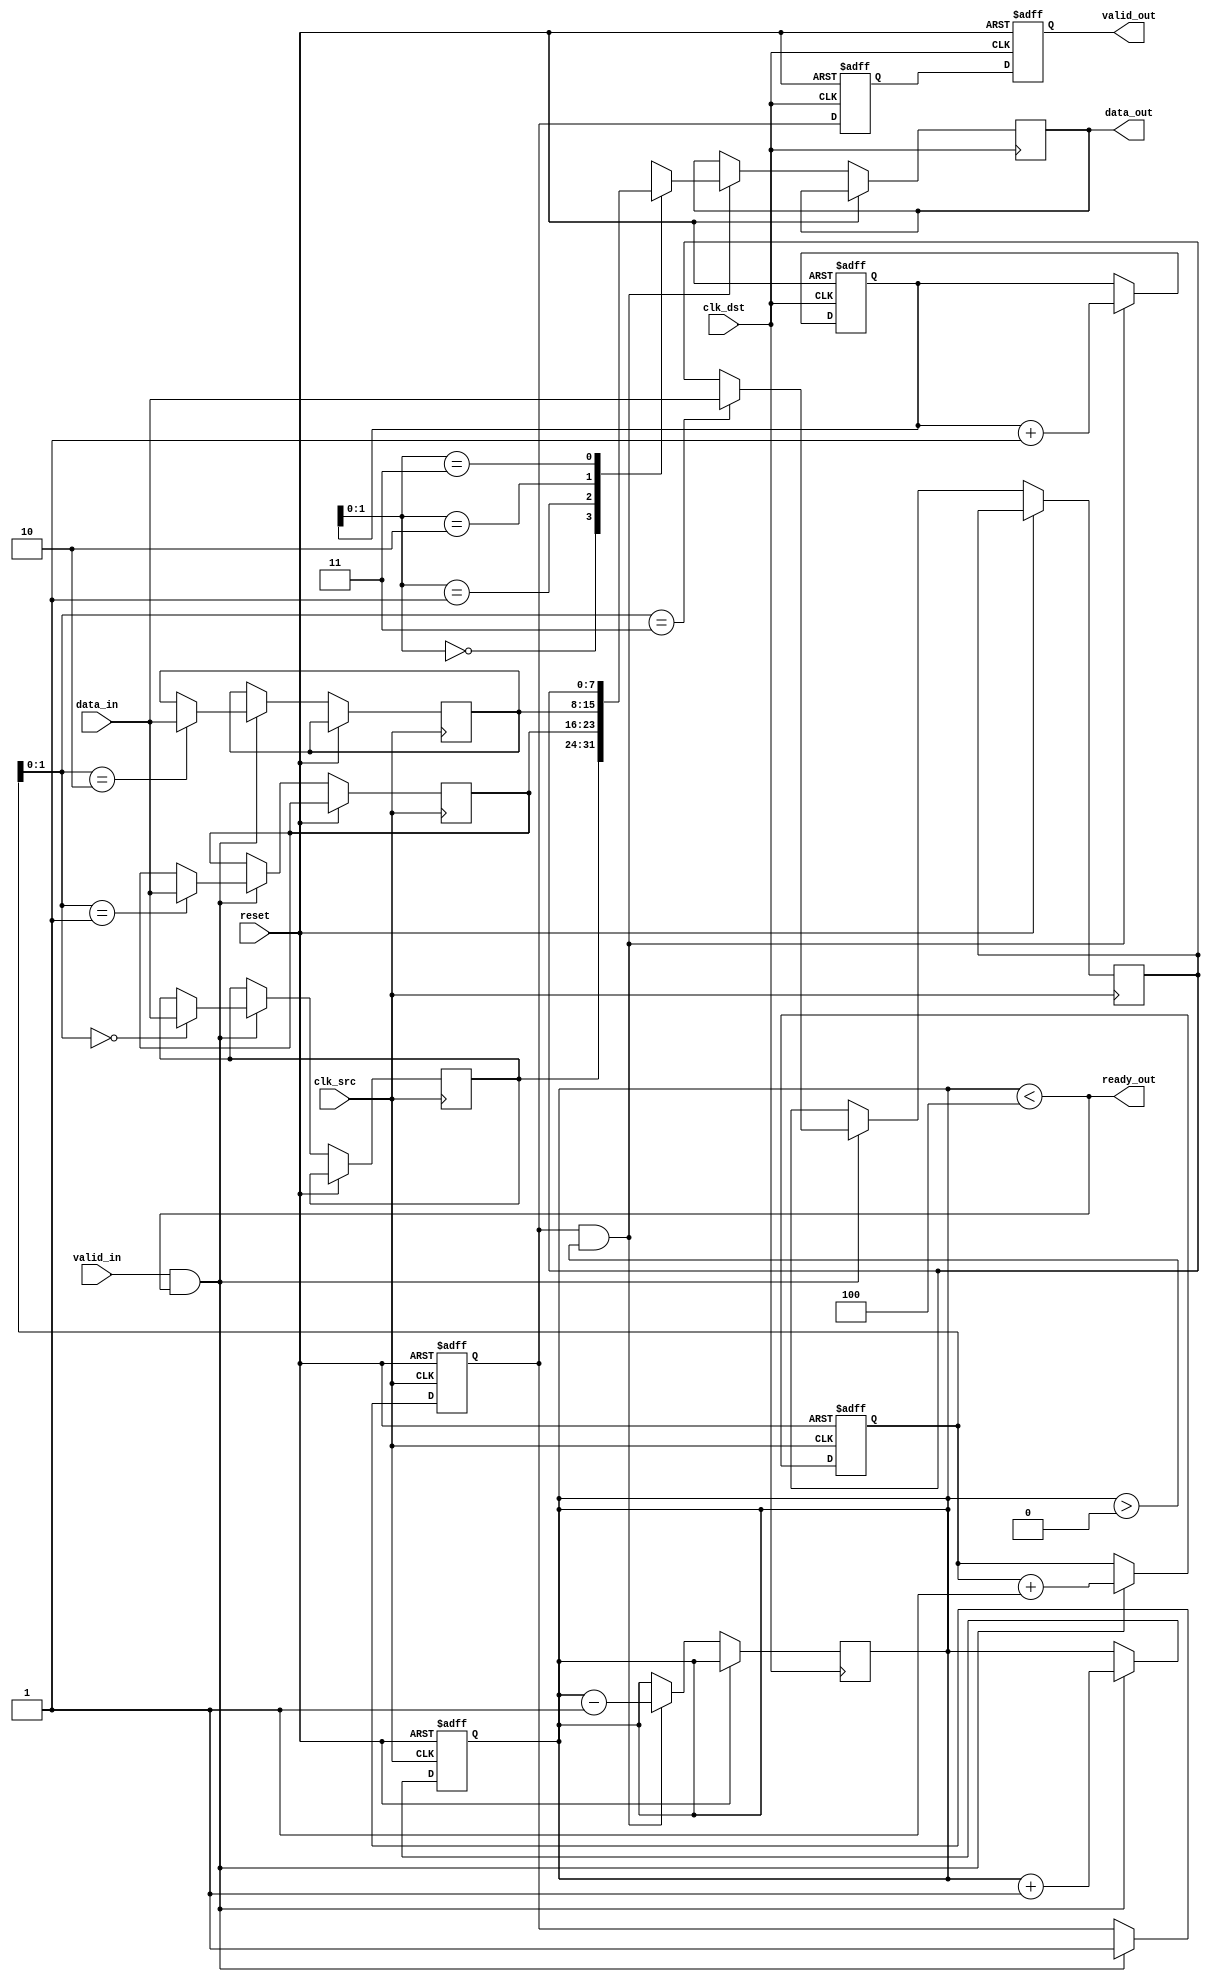
module memory_blocks_pipeline_synchronizer #(
    parameter DATA_WIDTH = 8,
    parameter FIFO_DEPTH = 4
)(
    input wire clk_src,                  // Source clock
    input wire clk_dst,                  // Destination clock
    input wire reset,                    // Asynchronous reset
    input wire [DATA_WIDTH-1:0] data_in, // Data input from source
    input wire valid_in,                 // Valid signal for data input
    output wire ready_out,               // Ready signal for destination
    output wire [DATA_WIDTH-1:0] data_out, // Synchronized data output
    output wire valid_out                 // Valid signal for output
);

    // Internal FIFO buffer
    reg [DATA_WIDTH-1:0] fifo [0:FIFO_DEPTH-1];
    reg [2:0] write_ptr, read_ptr;
    reg [3:0] fifo_count;
    
    // Handshaking signals
    reg valid_fifo;
    reg valid_out_sync;

    // Write data to FIFO in source clock domain
    always @(posedge clk_src or posedge reset) begin
        if (reset) begin
            write_ptr <= 3'b0;
            fifo_count <= 4'b0;
            valid_fifo <= 1'b0;
        end else begin
            if (valid_in && (fifo_count < FIFO_DEPTH)) begin
                fifo[write_ptr] <= data_in;
                write_ptr <= write_ptr + 1'b1;
                fifo_count <= fifo_count + 1'b1;
                valid_fifo <= 1'b1; // Indicate valid data in FIFO
            end
        end
    end

    // Read data from FIFO in destination clock domain
    always @(posedge clk_dst or posedge reset) begin
        if (reset) begin
            read_ptr <= 3'b0;
            valid_out_sync <= 1'b0;
        end else begin
            if (valid_fifo && (fifo_count > 0)) begin
                data_out <= fifo[read_ptr];
                read_ptr <= read_ptr + 1'b1;
                fifo_count <= fifo_count - 1'b1;
                valid_out_sync <= 1'b1; // Indicate valid data for output
            end else begin
                valid_out_sync <= 1'b0;
            end
        end
    end

    // Synchronize valid signal across clock domains
    reg valid_out_sync_1, valid_out_sync_2;
    always @(posedge clk_dst or posedge reset) begin
        if (reset) begin
            valid_out_sync_1 <= 1'b0;
            valid_out_sync_2 <= 1'b0;
        end else begin
            valid_out_sync_1 <= valid_fifo;
            valid_out_sync_2 <= valid_out_sync_1;
        end
    end

    // Output signals
    assign valid_out = valid_out_sync_2;
    assign ready_out = (fifo_count < FIFO_DEPTH); // Destination is ready if FIFO has space

endmodule